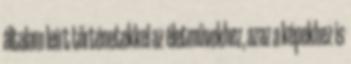
általam leírt történetekkel az életművekhez, azaz a képekhez is